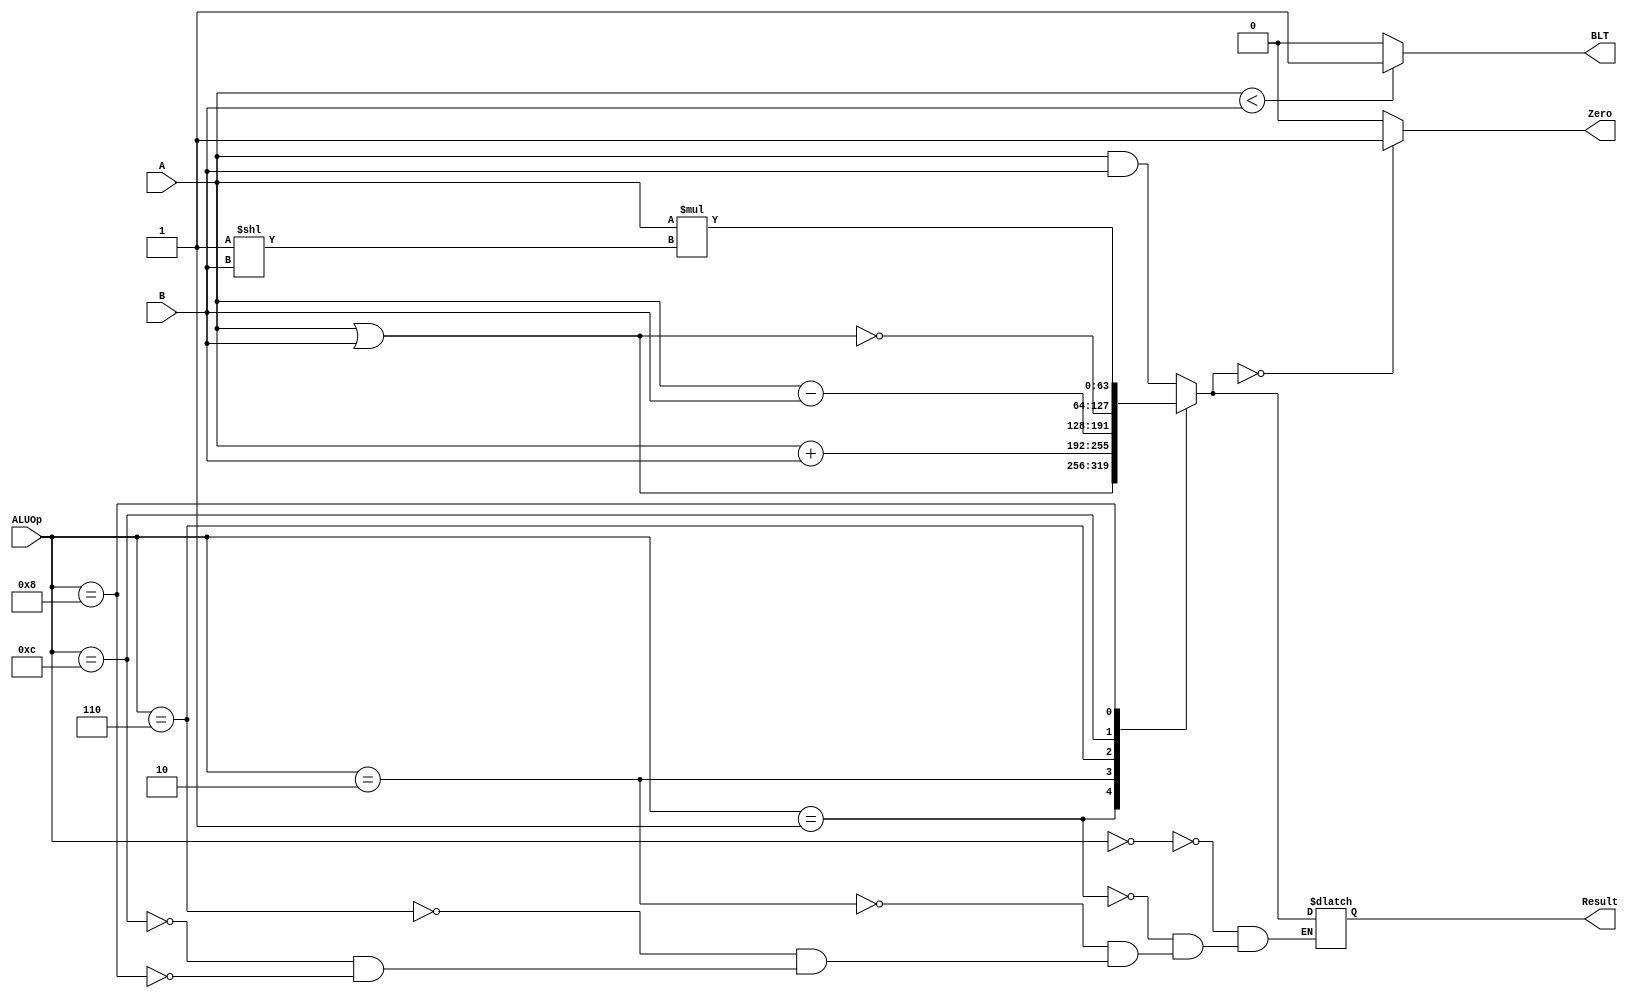
`timescale 1ns / 1ps
module ALU(
    input [63:0] A,
    input [63:0] B,
    input [3:0] ALUOp,
    output reg [63:0] Result,
    output reg Zero,
    output reg BLT
    );
    
always @(*) begin
    case (ALUOp)
        4'b0000: Result = A & B; //AND
        4'b0001: Result = A | B; //OR
        4'b0010: Result = A + B; //ADD
        4'b0110: Result = A - B; //SUB
        4'b1100: Result = ~(A | B); //NOR
        4'b1000: Result = A * (2 ** B); // SLLI
    endcase
    Zero = (Result == 64'd0) ? 1 : 0;
    BLT = (A < B) ? 1 : 0;
    //    BLT = (A < B) ? 1 : 0;
    
end
endmodule